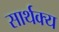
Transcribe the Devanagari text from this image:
सार्थक्य